65_HS1-834228961_62-HQ-83894_Serial_130
Agency: FBI
Page 63
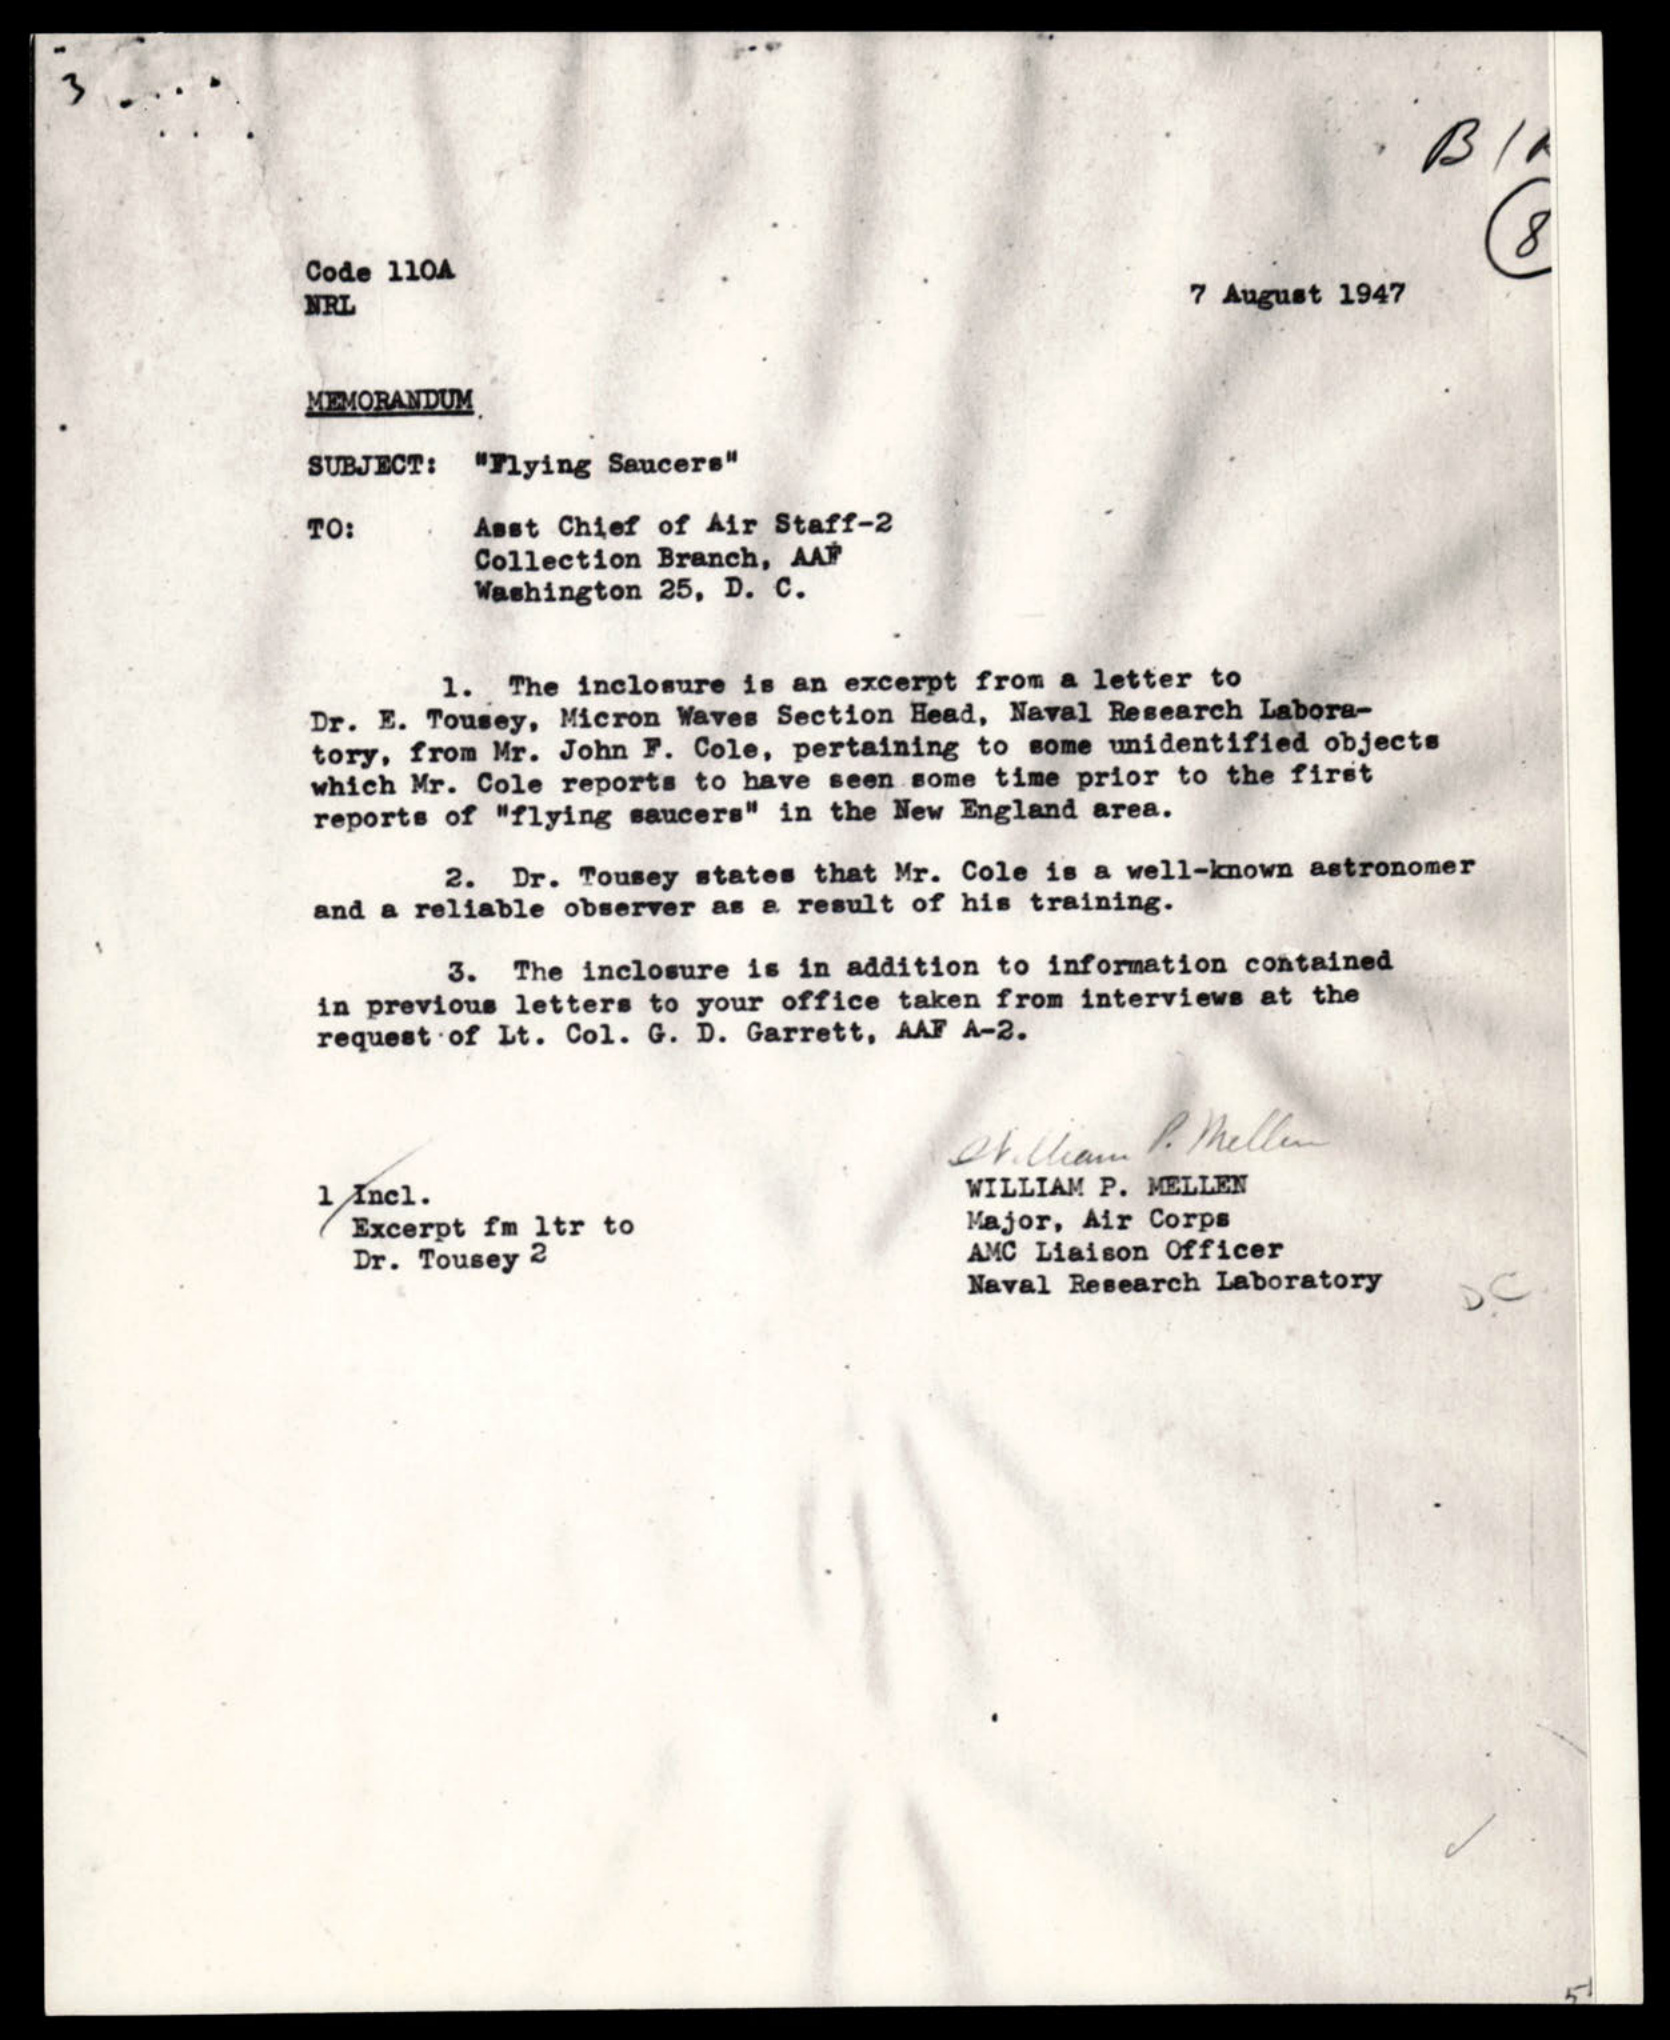